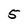
Character: 5